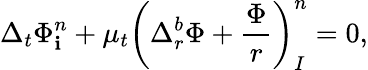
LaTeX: \Delta_{t}\Phi_{\mathbf{i}}^{n}+\mu_{t}\left(\Delta_{r}^{b}\Phi+\frac{{\Phi}}{{r}}\right)_{I}^{n}=0,